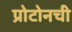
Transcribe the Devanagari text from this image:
प्रोटोनची